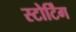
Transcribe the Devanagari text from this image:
स्टोर्टिंग